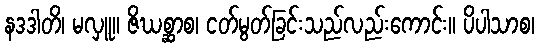
နဒဒါတိ၊ မလှူ။ ဇိဃစ္ဆာစ၊ ငတ်မွတ်ခြင်းသည်လည်းကောင်း။ ပိပါသာစ၊